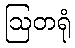
ဩတရုံ